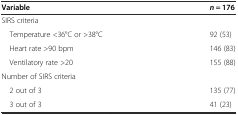
| Variable | n = 176 |
 | --- | --- |
 | SIRS criteria |  |
 | Temperature <36°C or >38°C | 92 (53) |
 | Heart rate >90 bpm | 146 (83) |
 | Ventilatory rate >20 | 155 (88) |
 | Number of SIRS criteria |  |
 | 2 out of 3 | 135 (77) |
 | 3 out of 3 | 41 (23) |